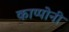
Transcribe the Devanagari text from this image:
काप्पोनी